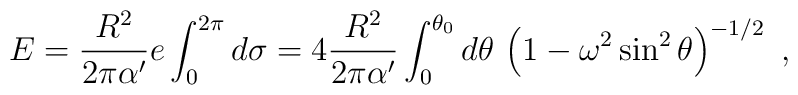
E = {R^2\over 2 \pi\alpha'} e \int_0^{2\pi} d\sigma = 4 {R^2\over 2 \pi \alpha'}  \int_0^{\theta_0} d\theta \, \left (1 - \omega^2 \sin^2\theta \right )^{-1/2}\ ,